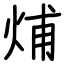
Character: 烳